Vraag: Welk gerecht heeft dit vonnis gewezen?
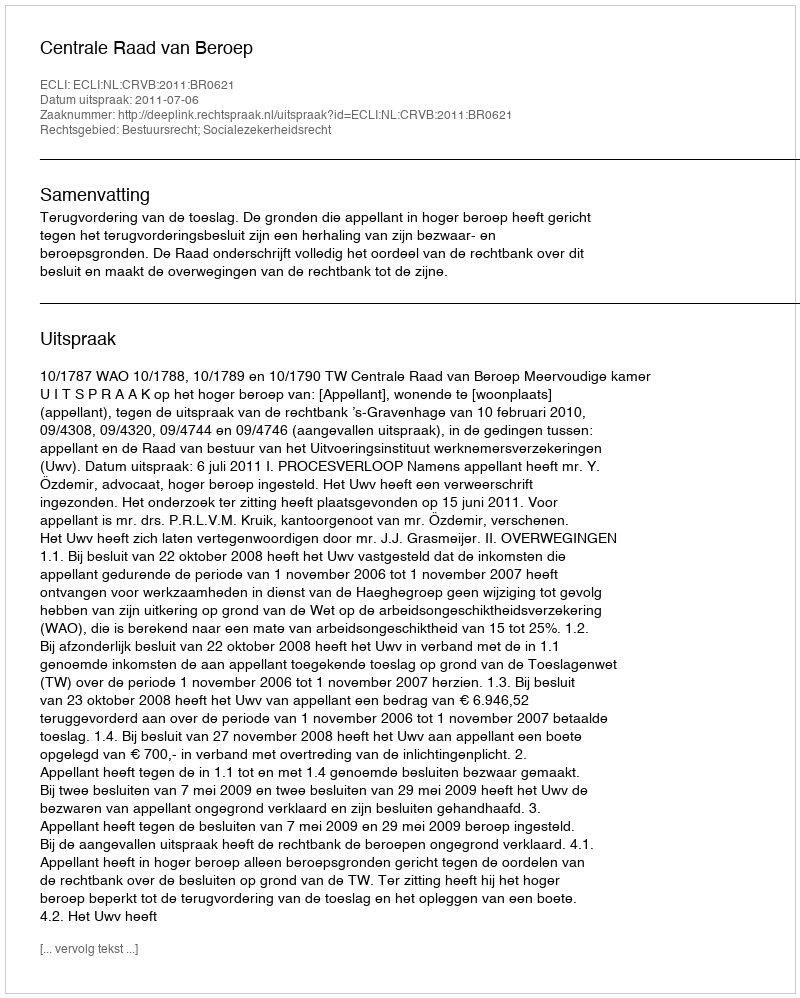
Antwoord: Centrale Raad van Beroep